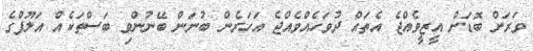
ވަރަށް ބޮޑަށް އީޒީވެއްޖެ އެތައް ދުވަހެއްވެއްޖެ އަހަރެން ބުނަން ބޭނުންވި ބަސްތަކެެއް އަލޫފްގެ